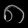
Digit: ၈